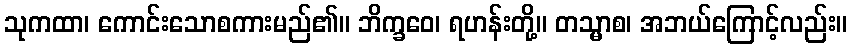
သုကထာ၊ ကောင်းသောစကားမည်၏။ ဘိက္ခဝေ၊ ရဟန်းတို့။ တသ္မာစ၊ အဘယ်ကြောင့်လည်း။